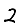
Digit: 2